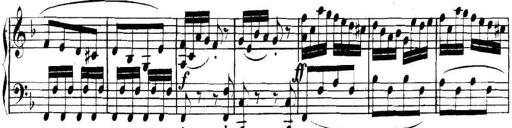
Title: Collected Piano Sonatas
Composer: Muzio Clementi